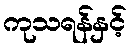
ကုသရန်နှင့်